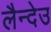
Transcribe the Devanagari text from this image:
लैन्देउ